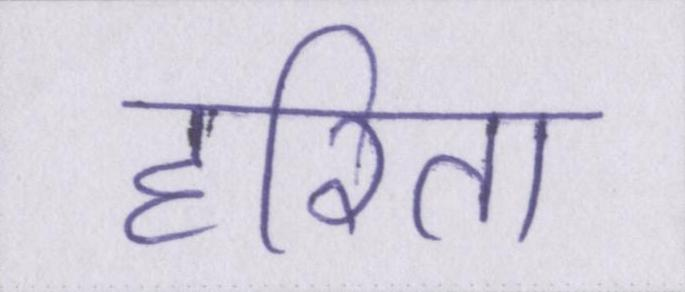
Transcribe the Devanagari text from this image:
हरिता